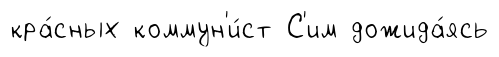
кра́сных коммун'и́ст С'им дожида́ясь